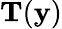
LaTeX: \mathbf{T}(\mathbf{y})